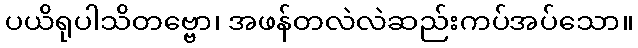
ပယိရုပါသိတဗ္ဗော၊ အဖန်တလဲလဲဆည်းကပ်အပ်သော။